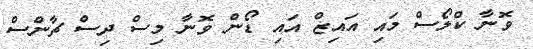
ވޮނާ ކްލޯސް މައި އައިޒް އައި ޑޯން ވޮނާ މިސް ދިސް ޗާންސް